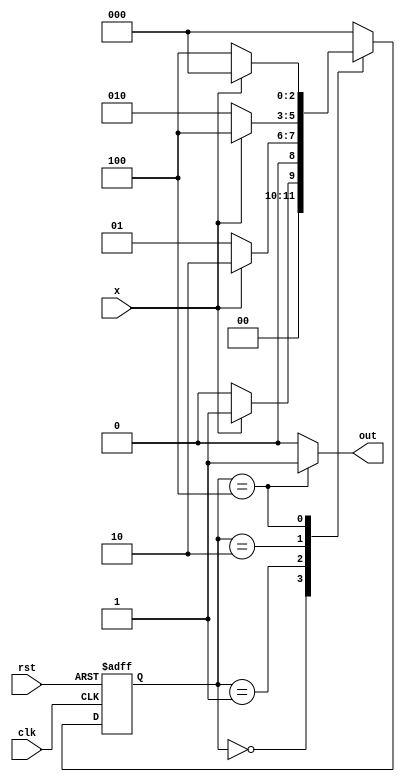
`timescale 1ns / 1ps
//////////////////////////////////////////////////////////////////////////////////
// Company: 
// Engineer: 
// 
// Design Name: 
// Module Name:    task 
// Project Name: 
// Target Devices: 
// Tool versions: 
// Description: 
//
// Dependencies: 
//
// Revision: 
// Revision 0.01 - File Created
// Additional Comments: 
//
//////////////////////////////////////////////////////////////////////////////////
module Task(input x,input clk,input rst,output reg out);
parameter s0 = 3'b000, s1 = 3'b001, s2 = 3'b010, s3 = 3'b100;
reg [2:0] current_state,next_state;
always @(posedge clk or posedge rst)
begin
if (rst==1)
current_state<=s0;
else
current_state<=next_state;
end
always @(current_state or x)
begin
case(current_state)
s0: 
begin
if(x==1)
next_state<=s1;
else
next_state<=s0;
end
s1: 
begin
if(x==1)
next_state<=s2;
else
next_state<=s1;
end
s2: 
begin
if(x==1)
next_state<=s3;
else
next_state<=s2;
end
s3: 
begin
if(x==1)
next_state<=s0;
else
next_state<=s3;
end
default: next_state<=0;
endcase
end
always @(current_state)
begin
case(current_state)
s0: out<=0;
s1: out<=0;
s2: out<=0;
s3: out<=1;
default: out<=0;
endcase
end
endmodule